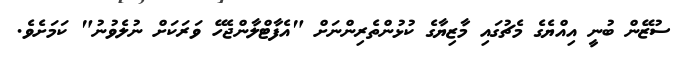
ސުޒޭން ބުނީ އިއްޔެގެ މެޗުގައި މާޒިޔާގެ ކުޅުންތެރިންނަށް "އެފާޓްލާންޖެހޭ ވަރަކަށް ނުލެވުނު" ކަމަށެވެ.